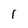
Character: 1